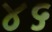
૪૬